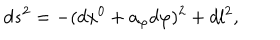
d s ^ { 2 } = - ( d x ^ { 0 } + a _ { \varphi } d \varphi ) ^ { 2 } + d l ^ { 2 } ,